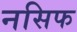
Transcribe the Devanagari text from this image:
नसिफ